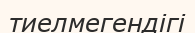
тиелмегендігі